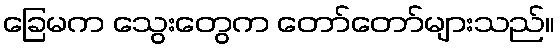
ခြေမက သွေးတွေက တော်တော်များသည်။